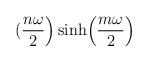
LaTeX: \begin{align*}({n\omega \over 2}\Bigr ) \sinh \Bigl ({m\omega \over 2}\Bigr)\end{align*}